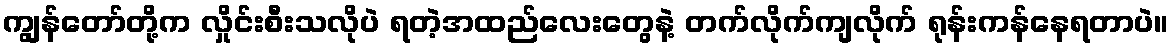
ကျွန်တော်တို့က လှိုင်းစီးသလိုပဲ ရတဲ့အထည်လေးတွေနဲ့ တက်လိုက်ကျလိုက် ရုန်းကန်နေရတာပဲ။